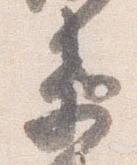
衛